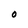
Character: O